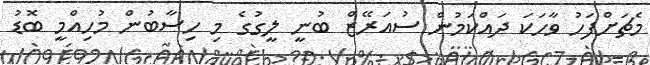
މެޗަށްފަހު ވާހަކަ ދައްކަމުން ސުއަރޭޒް ބުނީ ލީގުގެ މި ހިސާބުން މުހިއްމީ ބޮޑު